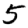
Digit: 5